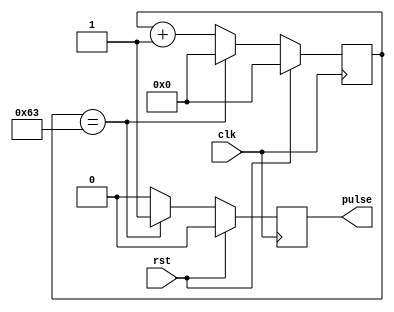
module pulse_generator (
    input clk,
    input rst,
    output reg pulse
);

parameter INTERVAL = 100; // specify interval for pulse generation

reg [7:0] count;

always @(posedge clk) begin
    if (rst) begin
        count <= 0;
        pulse <= 0;
    end else begin
        if (count == INTERVAL - 1) begin
            count <= 0;
            pulse <= 1;
        end else begin
            count <= count + 1;
            pulse <= 0;
        end
    end
end

endmodule